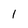
Character: 1